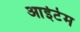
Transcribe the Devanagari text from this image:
आईटेम